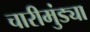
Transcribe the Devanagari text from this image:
चारीमुंड्या